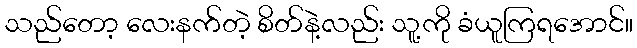
သည်တော့ လေးနက်တဲ့ စိတ်နဲ့လည်း သူ့ကို ခံယူကြရအောင်။